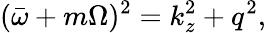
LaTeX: (\bar{\omega}+m\Omega)^{2}=k_{z}^{2}+q^{2},